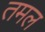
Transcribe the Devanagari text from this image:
तमल